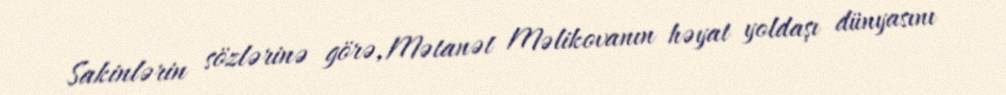
Sakinlərin sözlərinə görə, Mətanət Məlikovanın həyat yoldaşı dünyasını